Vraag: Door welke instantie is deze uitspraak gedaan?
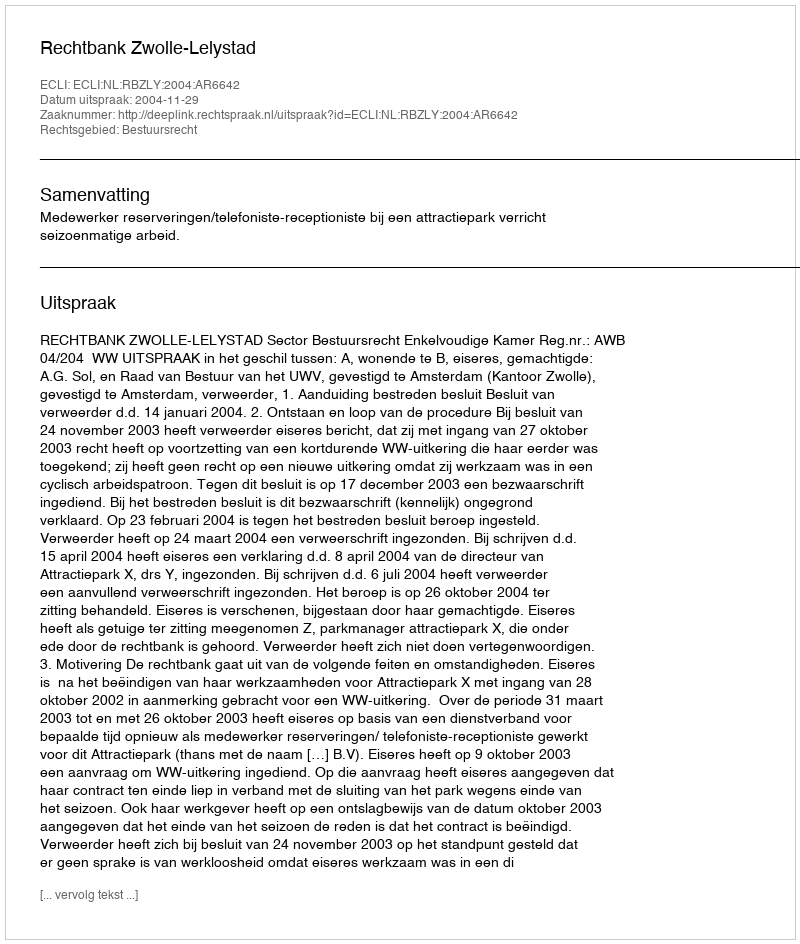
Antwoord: Rechtbank Zwolle-Lelystad